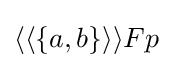
\langle \langle \{a,b\}\rangle \rangle Fp